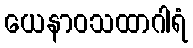
ယေနာဝသထာဂါရံ